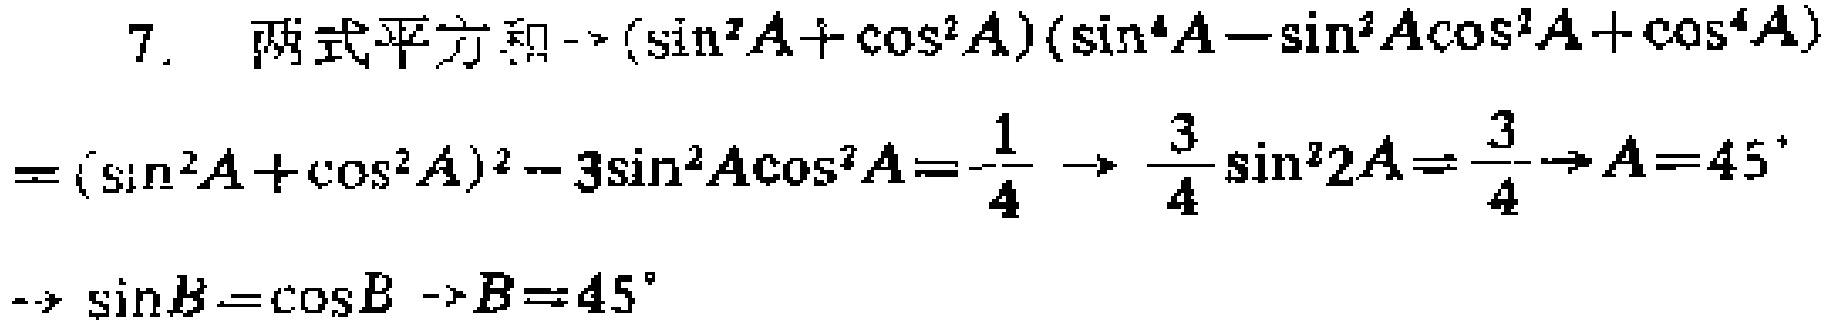
7. 两式平方和$\rightarrow (\sin^{2}A+\cos^{2}A)(\sin^{4}A - \sin^{2}A\cos^{2}A+\cos^{4}A)$
$= (\sin^{2}A+\cos^{2}A)^{2}-3\sin^{2}A\cos^{2}A = -\frac{1}{4}\rightarrow\frac{3}{4}\sin^{2}2A=\frac{3}{4}\rightarrow A = 45^{\circ}$
$\rightarrow\sin B=\cos B\rightarrow B = 45^{\circ}$